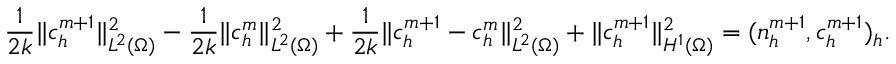
\frac { 1 } { 2 k } \| c _ { h } ^ { m + 1 } \| _ { L ^ { 2 } ( \Omega ) } ^ { 2 } - \frac { 1 } { 2 k } \| c _ { h } ^ { m } \| _ { L ^ { 2 } ( \Omega ) } ^ { 2 } + \frac { 1 } { 2 k } \| c _ { h } ^ { m + 1 } - c _ { h } ^ { m } \| _ { L ^ { 2 } ( \Omega ) } ^ { 2 } + \| c _ { h } ^ { m + 1 } \| _ { H ^ { 1 } ( \Omega ) } ^ { 2 } = ( n _ { h } ^ { m + 1 } , c _ { h } ^ { m + 1 } ) _ { h } .